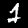
Digit: 1